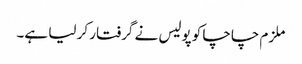
ملزم چاچا کو پولیس نے گرفتار کر لیا ہے۔